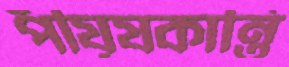
পীযূষকান্তি